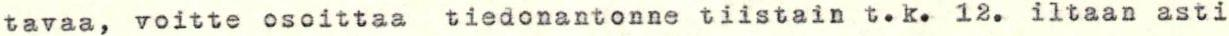
tavaa, voitte osoittaa tiedonantonne tiistain t.k. 12. iltaan asti